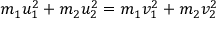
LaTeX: m _ { 1 } u _ { 1 } ^ { 2 } + m _ { 2 } u _ { 2 } ^ { 2 } = m _ { 1 } v _ { 1 } ^ { 2 } + m _ { 2 } v _ { 2 } ^ { 2 } \,